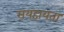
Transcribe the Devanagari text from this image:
सयहायता